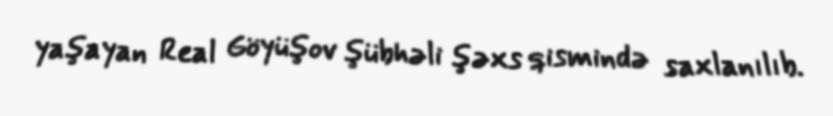
yaşayan Real Göyüşov şübhəli şəxs qismində saxlanılıb.